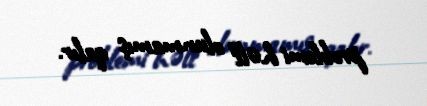
problemi həll olunmamış qalır.